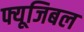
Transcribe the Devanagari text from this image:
फ्यूजिबल